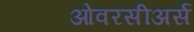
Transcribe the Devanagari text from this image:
ओवरसीअर्स